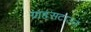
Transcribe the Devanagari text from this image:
ग्राह्म्सटाउन